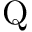
\mathrm { Q }